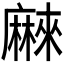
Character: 𱋰